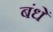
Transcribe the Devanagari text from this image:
बंधें